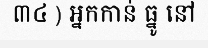
៣៤ ) អ្នកកាន់ ធ្នូ នៅ